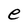
Character: e